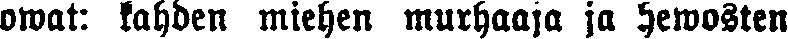
owat: kahden miehen murhaaja ja hewosten